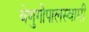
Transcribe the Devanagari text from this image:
वेणुगोपालस्‍वामी